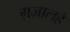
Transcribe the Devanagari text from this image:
ग़ज़ालहे